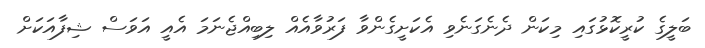
ބަލީގެ ކުރީކޮޅުގައި މިކަން ދެނެގަނެވި އެކަށީގެންވާ ފަރުވާއެއް ލިބިއްޖެނަމަ އެއީ އަވަސް ޝިފާއަކަށް